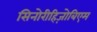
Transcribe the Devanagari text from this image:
सिनोरीहिज़ोबिएम